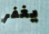
يغفر